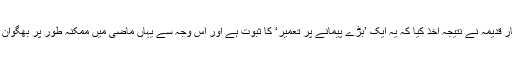
رپورٹ کے آخر میں محکمہ آثارِ قدیمہ نے نتیجہ اخذ کیا کہ یہ ایک ’بڑے پیمانے پر تعمیر‘ کا ثبوت ہے اور اس وجہ سے یہاں ماضی میں ممکنہ طور پر بھگوان رام کا مندر موجود ہو سکتا تھا۔